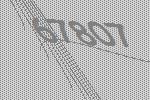
67807